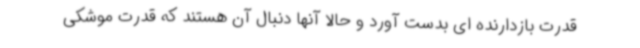
قدرت بازدارنده ای بدست آورد و حالا آنها دنبال آن هستند که قدرت موشکی